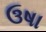
ઉષા